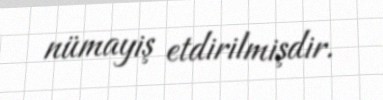
nümayiş etdirilmişdir.